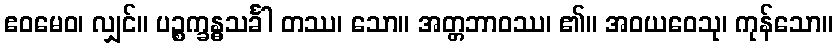
ဧဝမေဝ၊ လျှင်။ ပဉ္စက္ခန္ဓသင်္ခါ တဿ၊ သော။ အတ္တဘာဝဿ၊ ၏။ အဝယဝေသု၊ ကုန်သော။